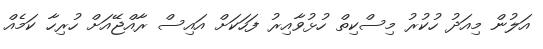
އަލުން މިއަދު ހުކުރު މިސްކިތް ހުޅުވާއިރު ފަހަކަށް އައިސް ރާއްޖޭއަށް ހުރިހާ ކަމެއް